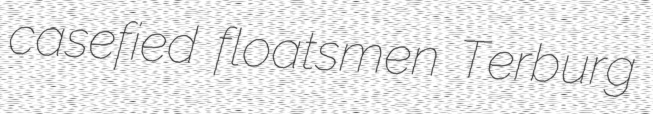
casefied floatsmen Terburg